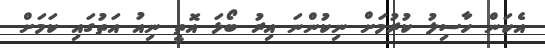
އެކަން ހާސިލު ކުރުމަށް ނިކުންނަ އިރު ބޯޅަ އޮތީ ނިއު އަތުގައި ކަމަށް